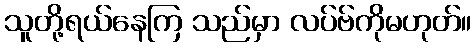
သူတို့ရယ်နေကြ သည်မှာ လပ်ဗ်ကိုမဟုတ်။